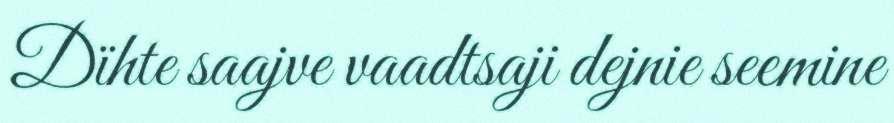
Dïhte saajve vaadtsaji dejnie seemine